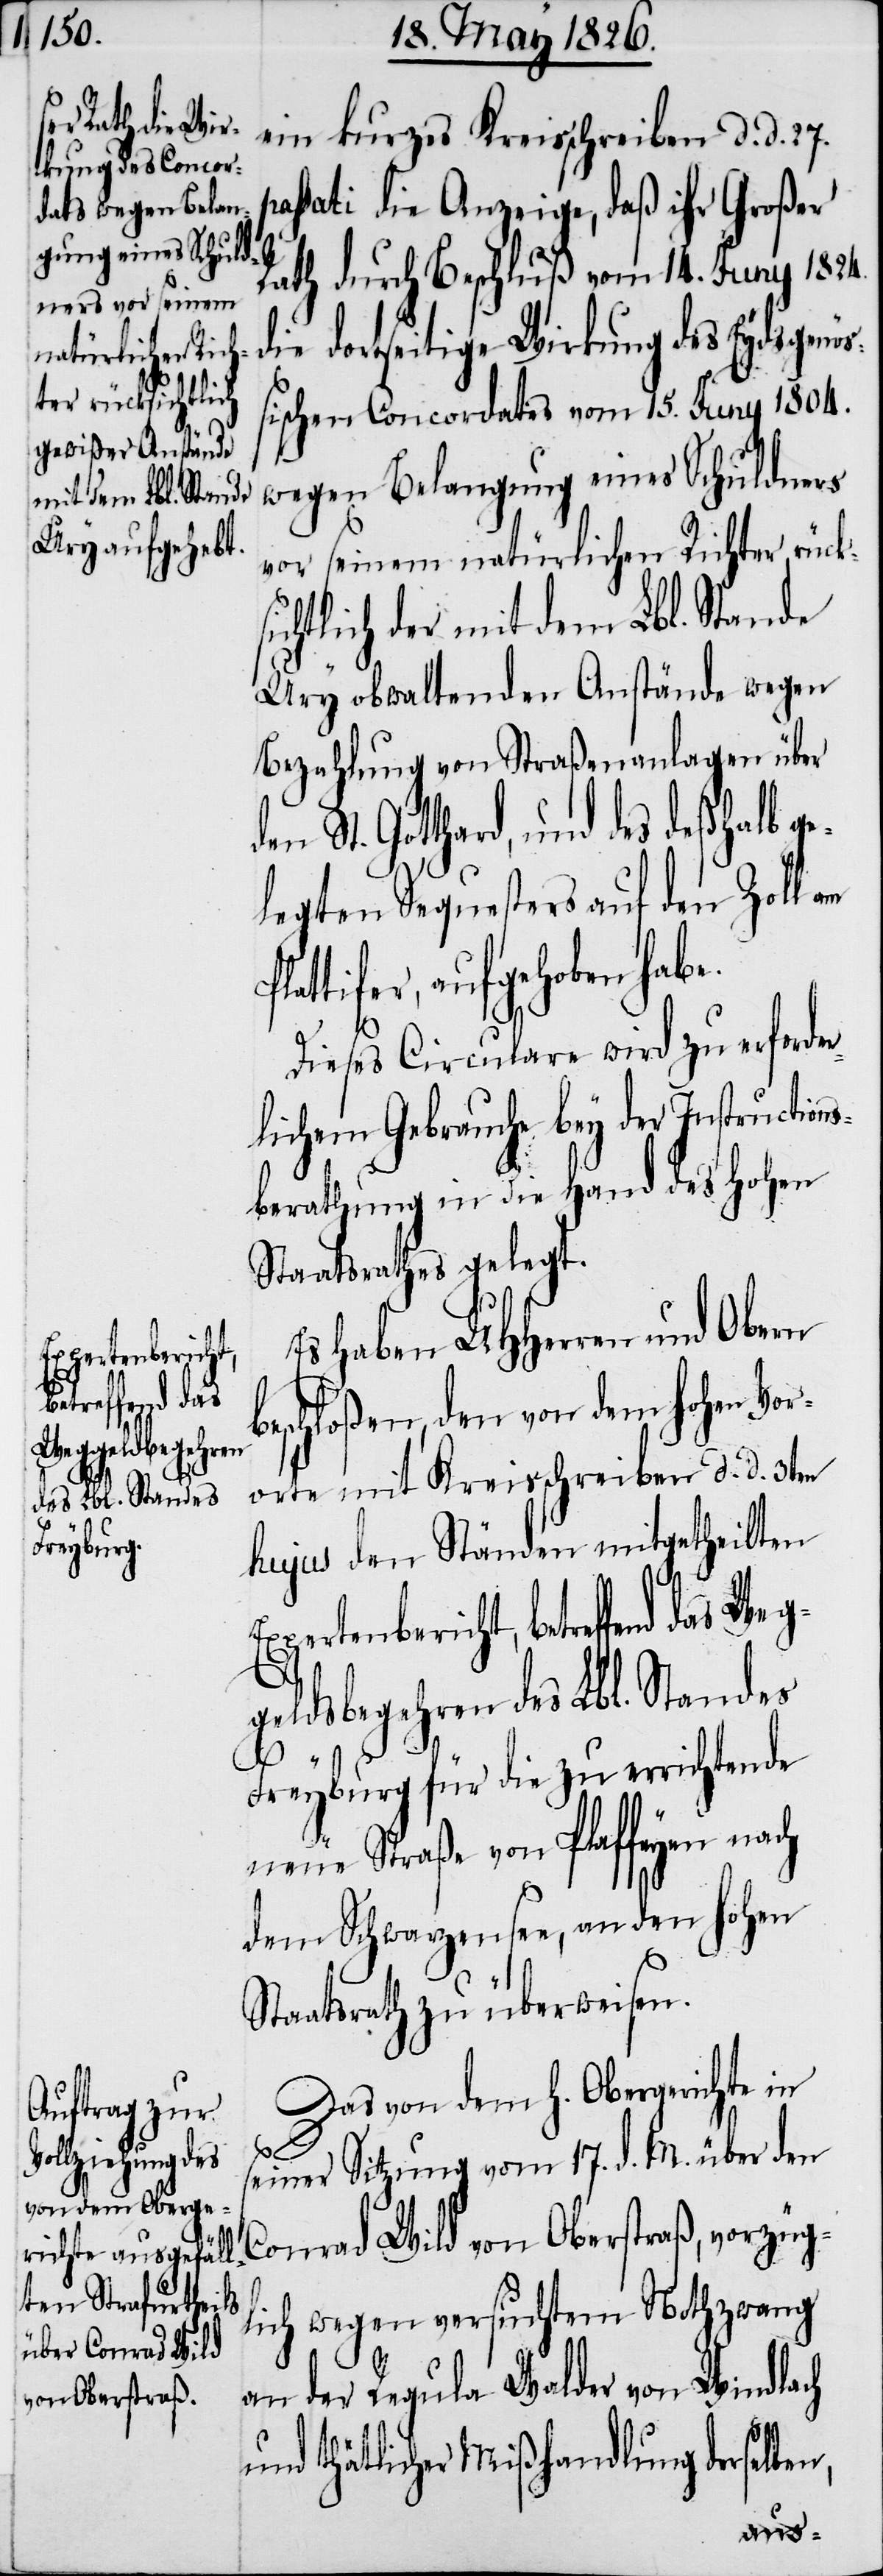
ein kurzes Kreisschreiben d. d. 27.
passati die Anzeige, daß ihr Großer
Rath durch Beschluß vom 14. Juny 1824.
die dortseitige Wirkung des Eydsgenö¬
ßischen Concordates vom 15. Juny 1804.
wegen Belangung eines Schuldners
vor seinem natürlichen Richter rücks¬
ichtlich der mit dem Lbl. Stande
Ury obwaltenden Anstände wegen
Bezahlung von Straßenanlagen über
St. Gotthard, und des deßhalb ge¬
legten Sequesters auf den Zoll am
lattifer, aufgehoben habe.
Dieses Circulare wird zu erforde¬
rlichem Gebrauche bey der Instructions¬
berathung in die Hand des Hohen
Staatsrathes gelegt.
Es haben UHHerren und Obern
Expertenbericht,
etreffend das
beschloßen, den von dem hohen Vor¬
Weggeldsbegehren
orte mit Kreisschreiben d. d. 3ten
des Lbl. Standes
vorzüg¬
hujus den Ständen mitgetheilten
Freyburg für die zu errichtende
neue Straße von Plaffeyen nach
dem Schwarzensee, an den hohen
Staatsrath zu überweisen.
Das von dem h. Obergerichte in
seiner Sitzung vom 17. d. M. über den
lich wegen versuchtem Nothzwang
an der Regula Walder von Windlach
von Oberstraß,
b¬
und thätlicher Mißhandlung derselben,